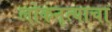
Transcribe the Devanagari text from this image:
लोकनृत्याचा